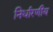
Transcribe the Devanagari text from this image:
निर्धारणीय